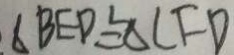
\Delta B E D \cong \Delta C F D